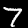
Label: 7